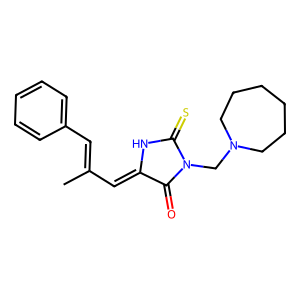
SMILES: CC(=Cc1ccccc1)C=C1NC(=S)N(CN2CCCCCC2)C1=O
Inhibits HIV replication: No